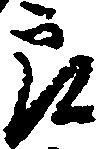
郎